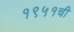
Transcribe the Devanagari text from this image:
१९५१ची